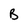
Character: G